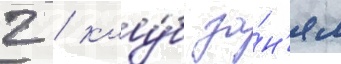
2 / клу́б за́н'ял